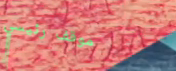
موقف رئيسي